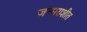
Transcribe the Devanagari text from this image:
जन्मराशीत